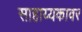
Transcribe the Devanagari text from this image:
साहाय्यकावर